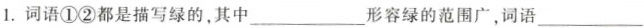
1.词语①②都是描写绿的，其中——————形容绿的范围广，词语——————